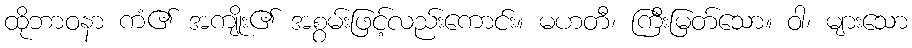
ထိုဘာဝနာ ကံ၏ အကျိုး၏ အစွမ်းဖြင့်လည်းကောင်း။ မဟတီ၊ ကြီးမြတ်သော။ ဝါ၊ များသော